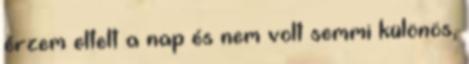
érzem eltelt a nap és nem volt semmi különös,